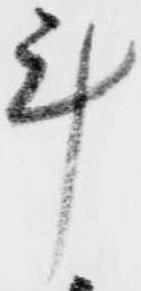
計